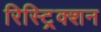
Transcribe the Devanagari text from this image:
रिस्ट्रिक्शन